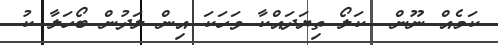
ކަމެއް ނޫން  ކަލޯ ތިޔަދައްކާ ވަހަކަ އިން ލަދުން ބޯހަލާ ކު